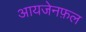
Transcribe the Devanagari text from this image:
आयजेनफ़ल